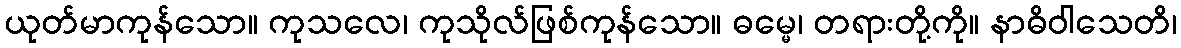
ယုတ်မာကုန်သော။ ကုသလေ၊ ကုသိုလ်ဖြစ်ကုန်သော။ ဓမ္မေ၊ တရားတို့ကို။ နာဓိဝါသေတိ၊